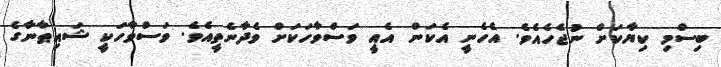
ބިސްމި ކިޔާކަށް ނުޖެހެއެވެ. އެހެނީ އެކަން އެއީ ވަސްވާހަކަށް ވެދާނެތީއެވެ. ވަސްވާހަކީ ޝައިޠާނާގެ